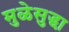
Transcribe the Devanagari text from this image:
मुळेसुद्धा